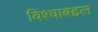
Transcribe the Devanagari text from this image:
विश्वाबद्दल